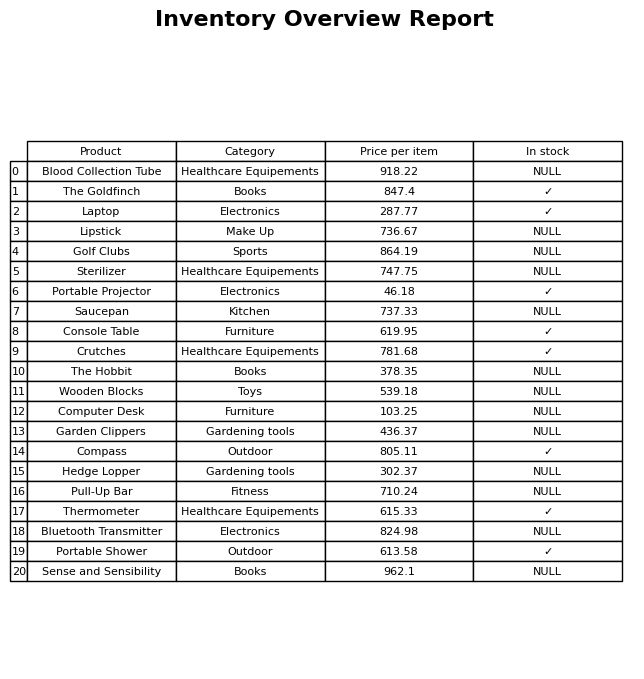
question: What is the price of the Garden Clippers?
answer: The price of Garden Clippers is 436.37.